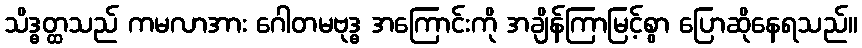
သိဒ္ဓတ္ထသည် ကမလာအား ဂေါတမဗုဒ္ဓ အကြောင်းကို အချိန်ကြာမြင့်စွာ ပြောဆိုနေရသည်။